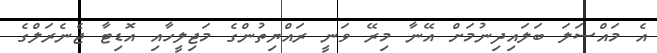
އެ މައްސަލަ ބަލައިދިނުމަށް އޭނާ މިރޭ ވަނީ ރައްޔިތުންގެ މަޖިލީހާއި އޮޑިޓާ ޖެނެރަލްގެ